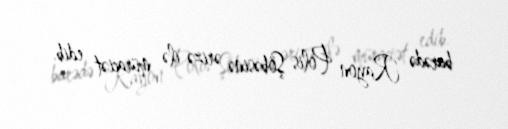
barədə Rayon Polis Şöbəsinə ərizə ilə müraciət edib.